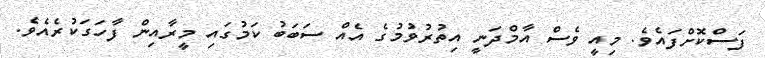
ފަސްކޮށްފައެވެ. މިއީ ވެސް އާމްދަނީ އިތުރުވުމުގެ އެއް ސަބަބު ކަމުގައި މީރާއިން ފާހަގަކުރެއެވެ.